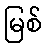
မြစ်